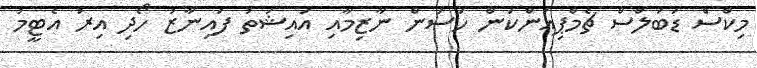
މިކްސް ޑަބަލްސް ޗެމްޕިއަންކަން ހަސަން ނާޒިމާއި އައިޝަތު ފައިނާޒު ހޯދި އިރު އެޓީމު